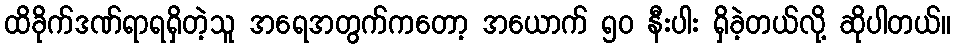
ထိခိုက်ဒဏ်ရာရရှိတဲ့သူ အရေအတွက်ကတော့ အယောက် ၅၀ နီးပါး ရှိခဲ့တယ်လို့ ဆိုပါတယ်။